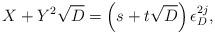
LaTeX: \begin{align*} X + Y^2 \sqrt{D} = \left(s + t \sqrt{D}\right) \epsilon_{D}^{2j}, \end{align*}